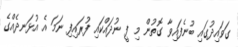
ގަވައިދުގައި ބުނެފައިވާ ގޮތުން މި ފީ ނުދައްކައި ފުރައިފި ނަމަ އެ އުޅަނދެއްގެ